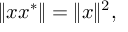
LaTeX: \| x x ^ { * } \| = \| x \| ^ { 2 } ,